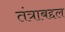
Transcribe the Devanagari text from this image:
तंत्राबद्दल